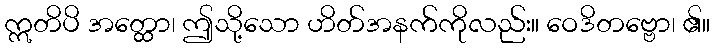
ဣတိပိ အတ္ထော၊ ဤသို့သော ဟိတ်အနက်ကိုလည်း။ ဝေဒိတဗ္ဗော၊ ၏။